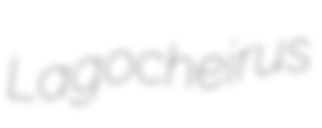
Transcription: Lagocheirus